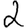
Digit: 2